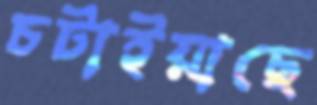
চটাইয়াছে